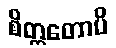
စိတ္တတောပိ